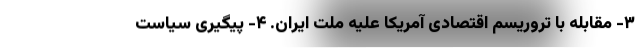
۳- مقابله با تروریسم اقتصادی آمریکا علیه ملت ایران. ۴- پیگیری سیاست